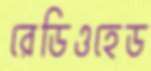
রেডিওহেড